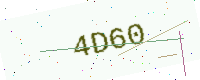
Text: 4D60